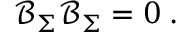
\mathcal { B } _ { \Sigma } \mathcal { B } _ { \Sigma } = 0 \; .